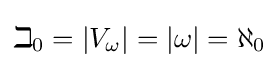
\beth _{0}=|V_{\omega }|=|\omega |=\aleph _{0}